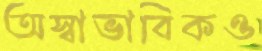
অস্বাভাবিকও